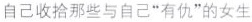
自己收拾那些与自己”有仇”的女生